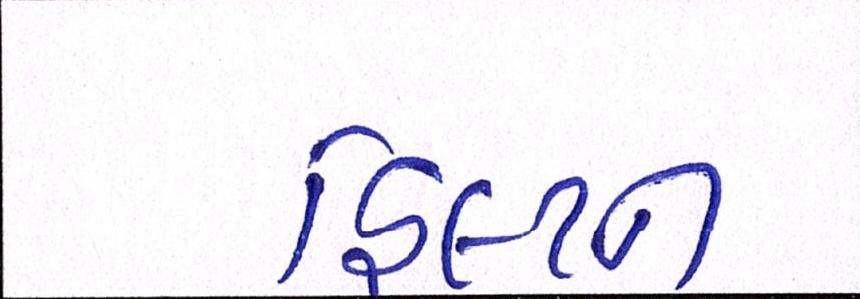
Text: હિલ્ટન